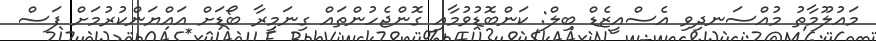
މައުލޫމާތު މުއްސަނދިވި އެސްއީޒެޑް ބިލް: ކަންބޮޑުވުމާއި ގޮންޖެހުންތައް ގިނަމީރާ ބޯޑަށް އައްޔަންކުރުމަށް ފަސް